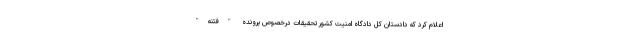
اعلام کرد که دادستان کل دادگاه امنیت کشور تحقیقات درخصوص پرونده "فتنه"